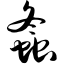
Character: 螽